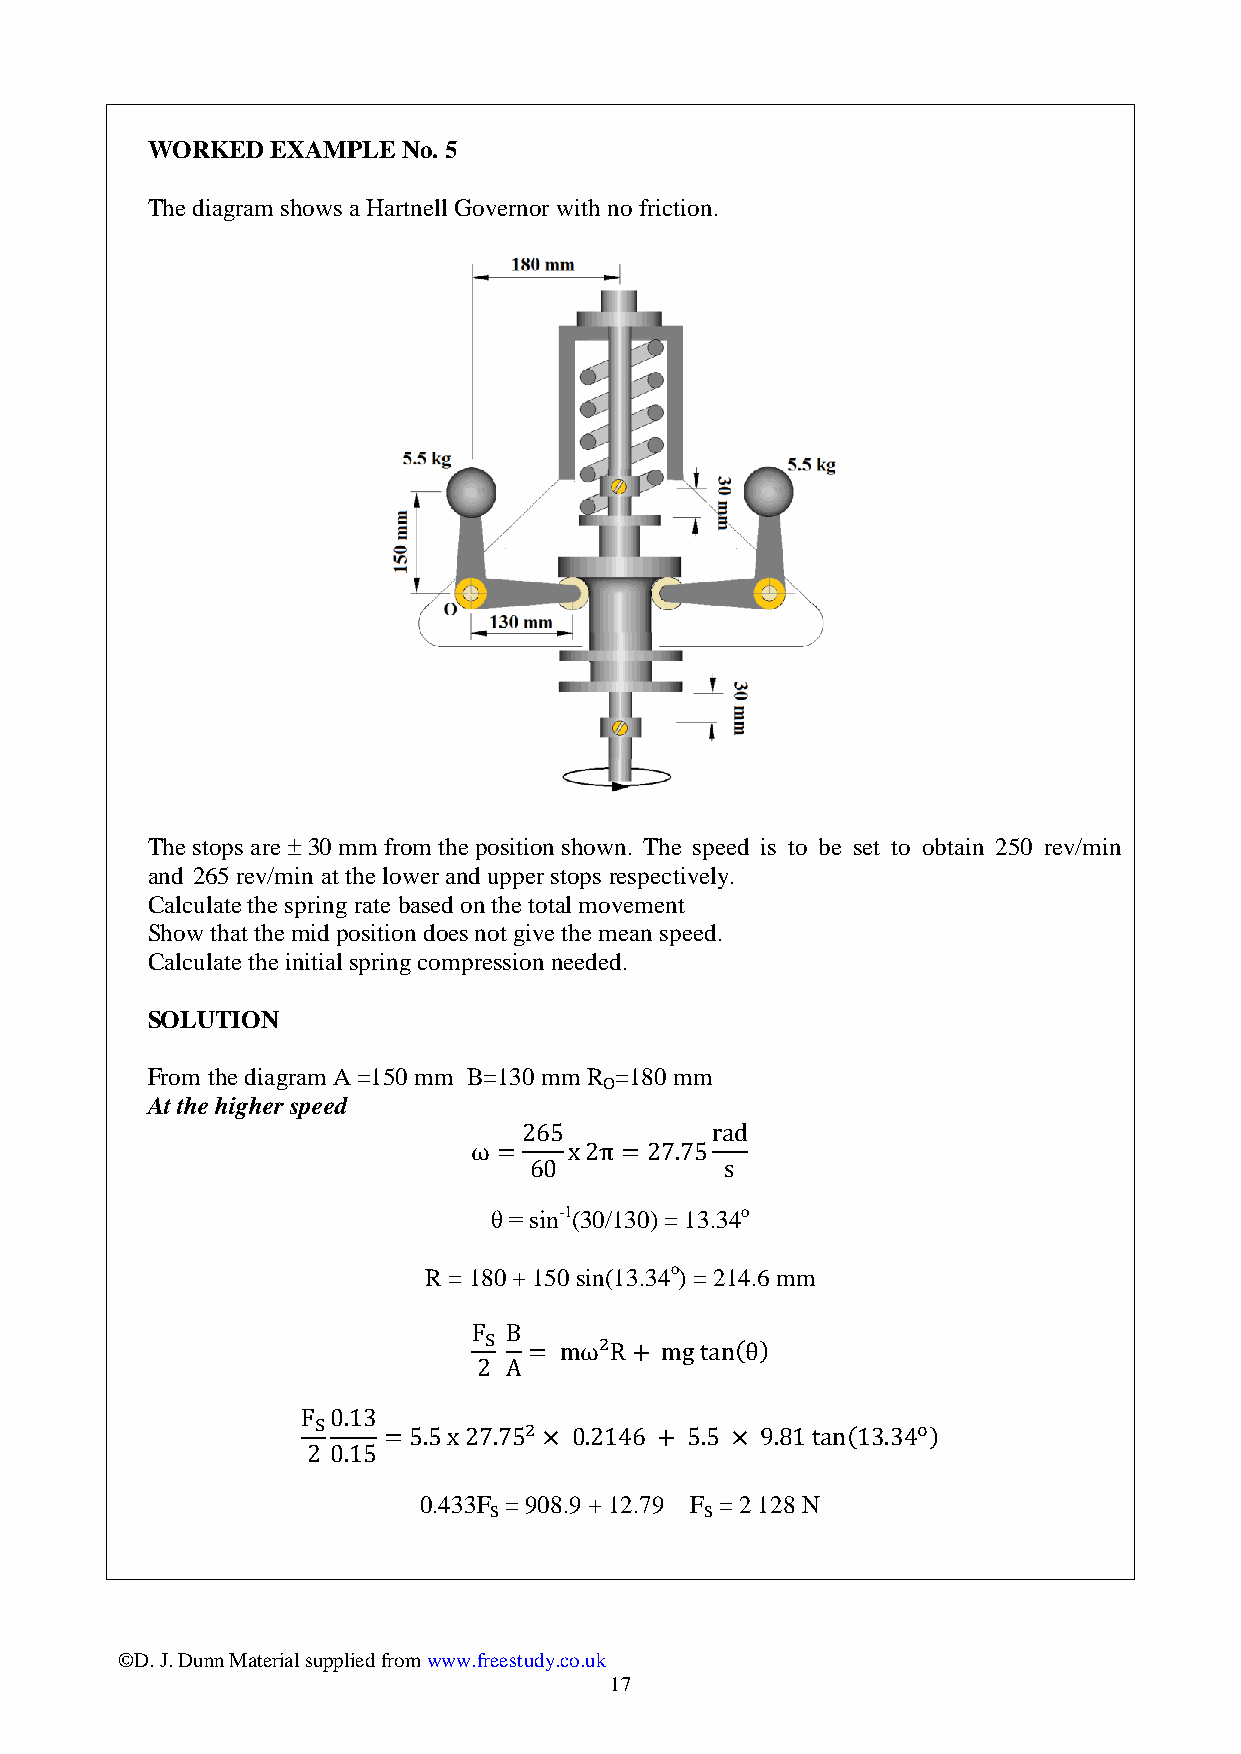
WORKED  EXAMPLE  No. 5
 The diagram shows a Hartnell Governor with no friction.
 The stops are  30 mm from the position shown. The speed is to be set to obtain 250 rev/min
 and 265 rev/min at the lower and upper stops respectively.
 Calculate the spring rate based on the total movement
 Show that the mid position does not give the mean speed.
 Calculate the initial spring compression needed.
 SOLUTION
 From the diagram A =150 mm B=130 mm R =180 mm
 O
 At the higher speed
 θ = sin-1(30/130) = 13.34o
 R = 180 + 150 sin(13.34o) = 214.6 mm
 0.433F = 908.9 + 12.79 F = 2 128 N
 S              S
 ©D. J. Dunn Material supplied from www.freestudy.co.uk
 17